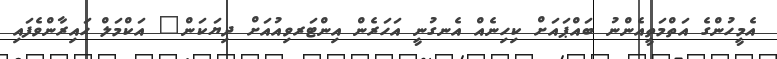
އެމީހުންގެ އަތްމަތީއެންނު ބައްޕައަށް ކިހިނެއް އެނގުނީ އަހަރެން އިންޓަރވިއުއަށް ދިޔަކަން" އަކްމަލް ހައިރާންވެފައި